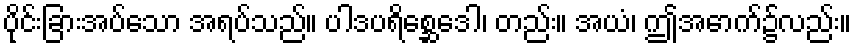
ပိုင်းခြားအပ်သော အရပ်သည်။ ပါဒပရိစ္ဆေဒေါ၊ တည်း။ အယံ၊ ဤအောက်၌လည်း။